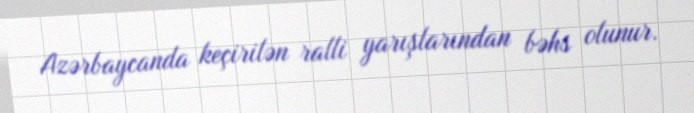
Azərbaycanda keçirilən ralli yarışlarından bəhs olunur.